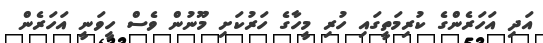
އަދި އަހަރެންގެ ކުރިމަތީގައި ހުރި މީހާގެ ހަރުކަށި މޫނުން ވެސް ހީވަނީ އަހަރެން